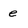
Character: e